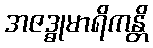
အဇဒ္ဓုမာရိကန္တိ